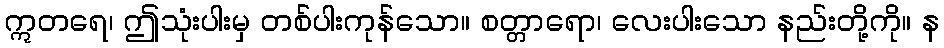
ဣတရေ၊ ဤသုံးပါးမှ တစ်ပါးကုန်သော။ စတ္တာရော၊ လေးပါးသော နည်းတို့ကို။ န